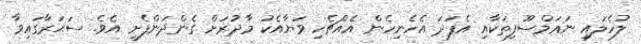
ލުހެލައި ނަޢަމްސޫފިތަކާއި އެފަދަ އެހެނިހެން އެއްޗެހި ވަޔާއެކު މާދުރަށް ގެންދަންފެށި އެވެ. ސަޙަރާގައިވާ